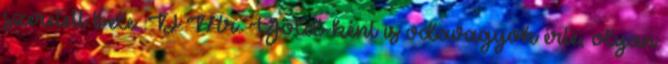
szeretett bele :D Mr. Gold-ként is odavagyok érte, olyan